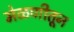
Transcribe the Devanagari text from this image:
मेळणीतून